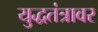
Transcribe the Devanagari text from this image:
युद्धतंत्रावर